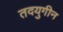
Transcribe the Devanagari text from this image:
तदयुगीन